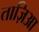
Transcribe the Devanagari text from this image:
ताज़िआ